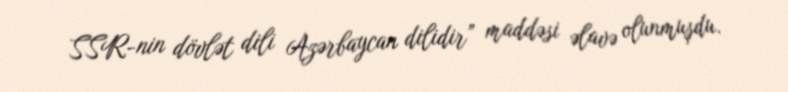
SSR-nin dövlət dili Azərbaycan dilidir” maddəsi əlavə olunmuşdu.